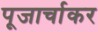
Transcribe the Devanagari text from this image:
पूजार्चाकर